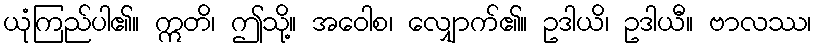
ယုံကြည်ပါ၏။ ဣတိ၊ ဤသို့။ အဝေါစ၊ လျှောက်၏။ ဥဒါယိ၊ ဥဒါယီ။ ဗာလဿ၊